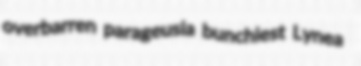
overbarren parageusia bunchiest Lynea